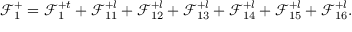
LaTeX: \mathcal { F } _ { 1 } ^ { + } = \mathcal { F } _ { 1 } ^ { + t } + \mathcal { F } _ { 1 1 } ^ { + l } + \mathcal { F } _ { 1 2 } ^ { + l } + \mathcal { F } _ { 1 3 } ^ { + l } + \mathcal { F } _ { 1 4 } ^ { + l } + \mathcal { F } _ { 1 5 } ^ { + l } + \mathcal { F } _ { 1 6 } ^ { + l } .